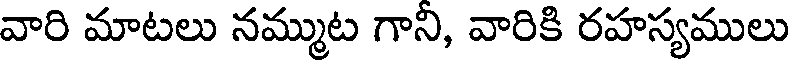
వారి మాటలు నమ్ముట గాని, వారికి రహస్యములు